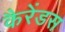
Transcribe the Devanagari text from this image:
कैरेंडस